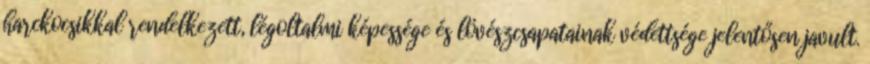
harckocsikkal rendelkezett, légoltalmi képessége és lövészcsapatainak védettsége jelentősen javult.